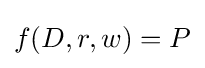
f(D,r,w)=P